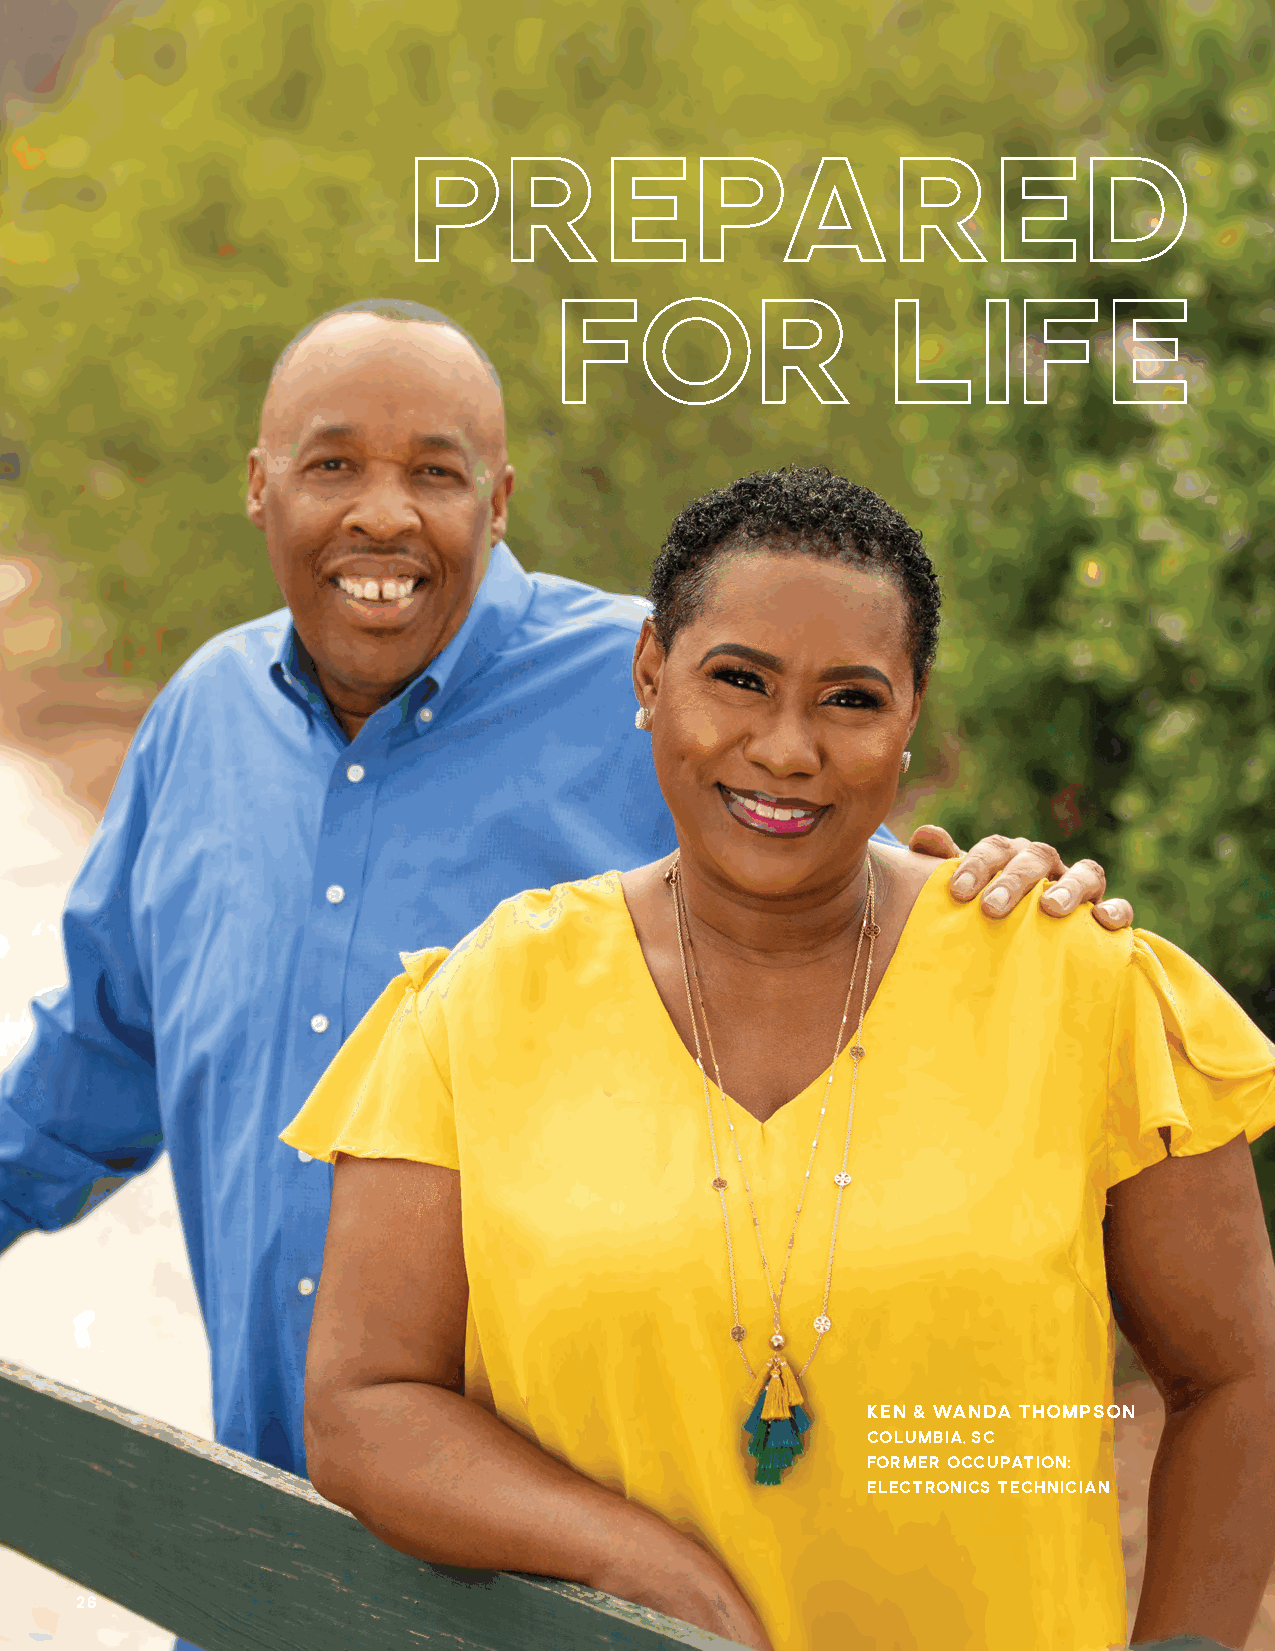
Prepared
 for                   Life
 KEN & WANDA THOMPSON
 COLUMBIA, SC
 FORMER OCCUPATION:
 ELECTRONICS TECHNICIAN
 26